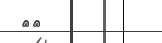
٥٨